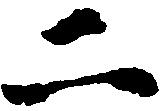
二